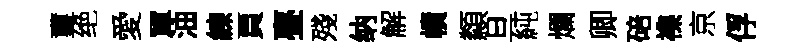
璽绝愛軍油練頁亹殘纳解幘纇旦純爛卿碚襍京俘